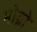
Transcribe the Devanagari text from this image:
मोब्रो